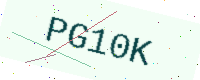
Text: PG10K